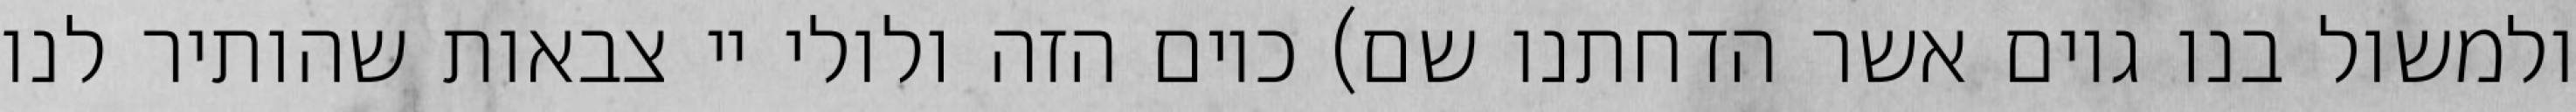
ולמשול בנו גוים אשר הדחתנו שם) כיום הזה ולולי יי צבאות שהותיר לנו